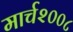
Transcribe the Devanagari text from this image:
मार्च२००८